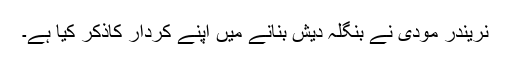
نریندر مودی نے بنگلہ دیش بنانے میں اپنے کردار کاذکر کیا ہے۔